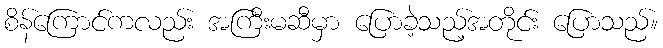
စိန်ကြောင်ကလည်း အကြီးမဆီမှာ ပြောခဲ့သည့်အတိုင်း ပြောသည်။